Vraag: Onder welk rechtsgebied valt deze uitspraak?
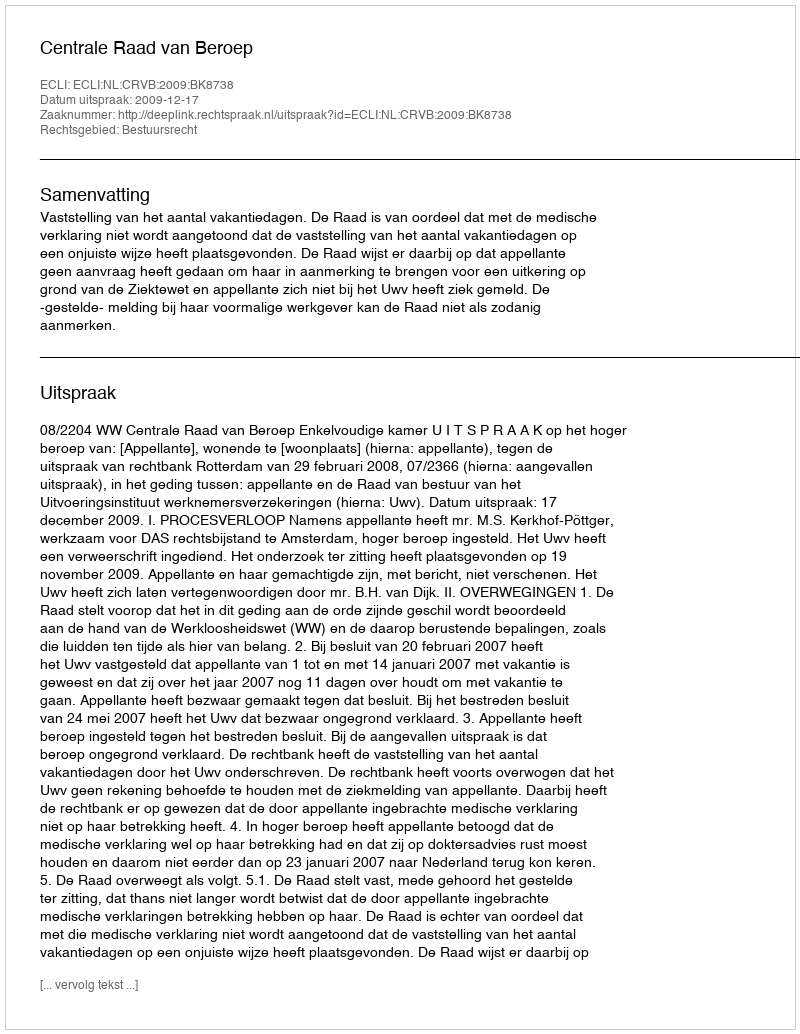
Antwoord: Bestuursrecht